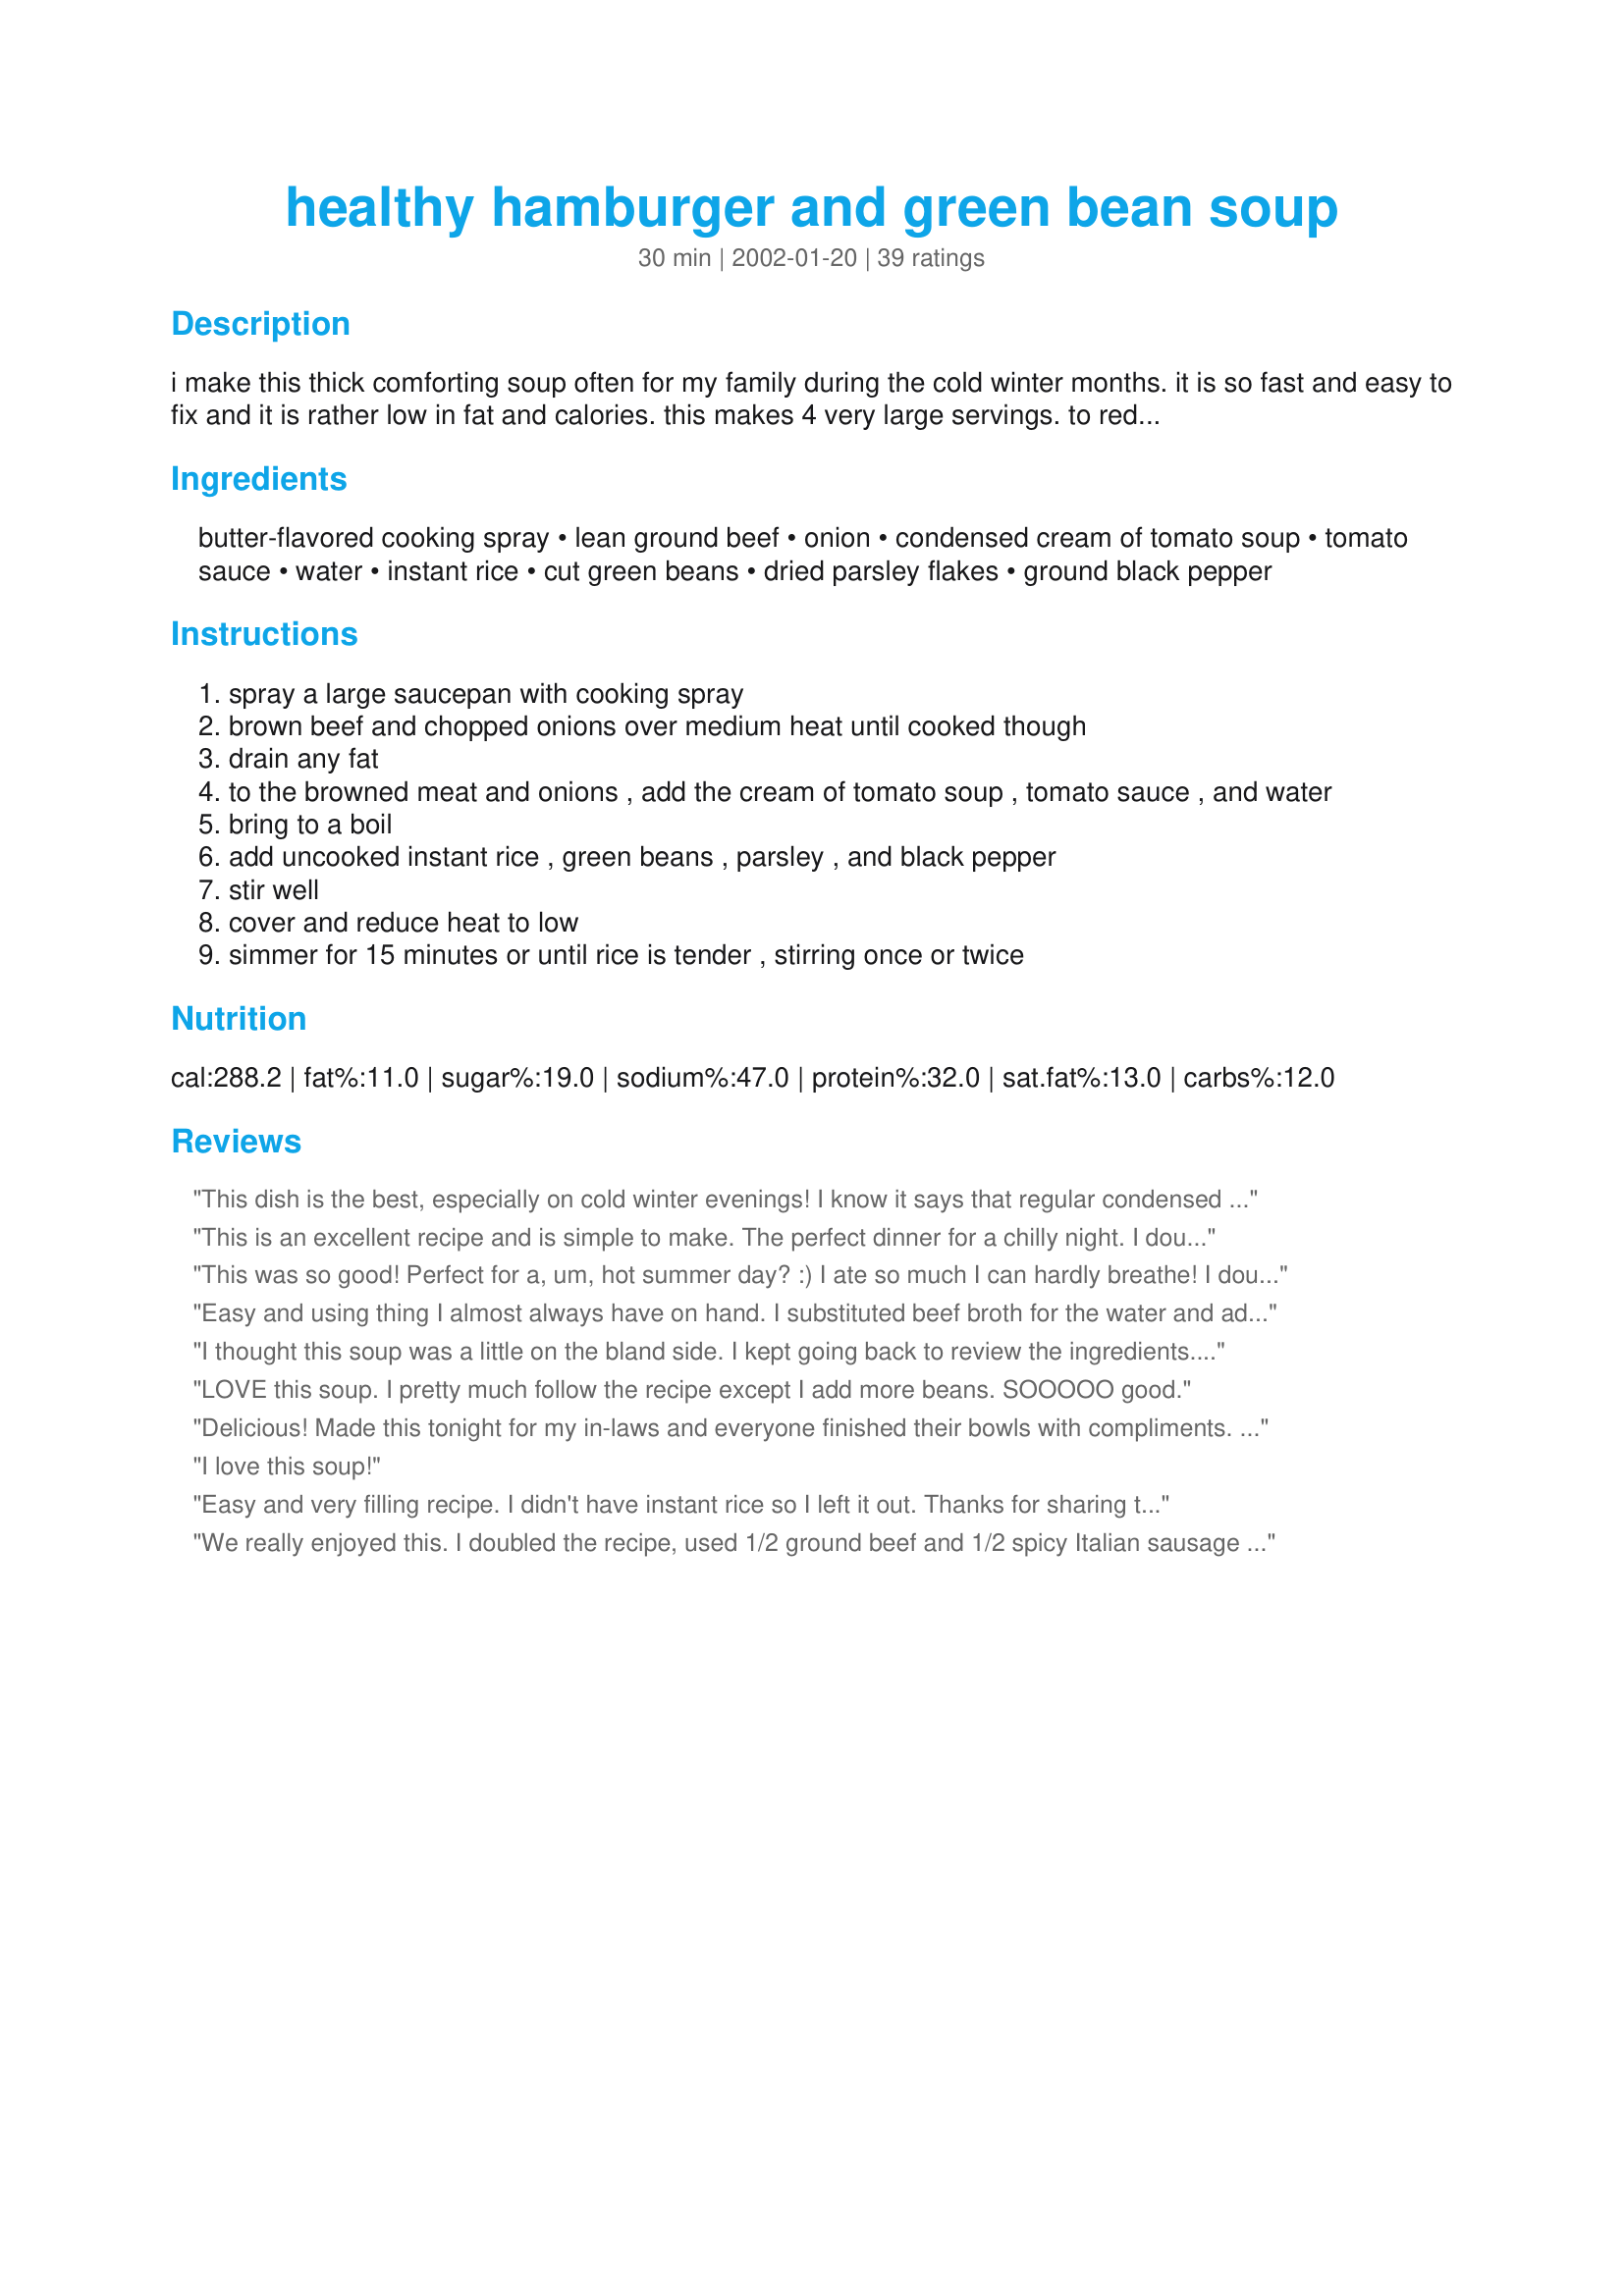
healthy hamburger and green bean soup
Preparation time: 30 minutes

i make this thick comforting soup often for my family during the cold winter months. it is so fast and easy to fix and it is rather low in fat and calories. this makes 4 very large servings. to reduce sodium, you may use low sodium green beans if you prefer. i adapted this recipe from "fast, cheap and easy," by joanna lund. condensed cream of tomato soup and condensed regular tomato soup are interchangeable in this recipe; no alterations necessary.the important part is that it is indeed a condensed version of tomato soup, as opposed to ready to serve.

Ingredients:
butter-flavored cooking spray, lean ground beef, onion, condensed cream of tomato soup, tomato sauce, water, instant rice, cut green beans, dried parsley flakes, ground black pepper

Steps:
spray a large saucepan with cooking spray
brown beef and chopped onions over medium heat until cooked though
drain any fat
to the browned meat and onions , add the cream of tomato soup , tomato sauce , and water
bring to a boil
add uncooked instant rice , green beans , parsley , and black pepper
stir well
cover and reduce heat to low
simmer for 15 minutes or until rice is tender , stirring once or twice

Reviews:
This dish is the best, especially on cold winter evenings! I know it says that regular condensed soup can be used instead of the condensed cream soup, however, I actually liked the cream of tomato back when I could actually find it. So, I usually add just a little heavy cream when I add the soup and I think it really makes this dish wonderful. I have doubled this recipe for my family, and even tripled it when guests were coming over and everyone loves it. The only problem is that I never seem to have any leftovers ;-( I have actually made this about a dozen times, can't believe I forgot to rate it!
This is an excellent recipe and is simple to make. The perfect dinner for a chilly night. I doubled the recipe but, instead of 2 cans of green beans, I used one can and added a mixture of veggies I had in my freezer. I served it with crusty sour dough rolls and loved it. I've made it several times since, including a quadruple batch when I had a large number of guests staying w/ me over New Years. Thanks for posting the perfect veggie beef soup recipe! I love it!
This was so good! Perfect for a, um, hot summer day? :) I ate so much I can hardly breathe! I doubled the recipe, used regular condensed tomato soup, and used Minute Brown rice. There was no need for the cooking spray when browning the ground beef with the onion, so I didn't use it. This recipe was so easy and fast to prepare, yet so good, that I am truly amazed! I will be making this again! Thanks!
Easy and using thing I almost always have on hand. I substituted beef broth for the water and added about a clove of garlic. Thanks for posting!
I thought this soup was a little on the bland side. I kept going back to review the ingredients. I substituted l cup of beef broth for the water -- just using 1/2 cup of water. I also added a few sprinkles of garlic powder and extra pepper. When I served it I topped it with a little bit of Parmesan cheese. The other reviews are all so great -- I'm still thinking I have made some sort of mistake.
LOVE this soup. I pretty much follow the recipe except I add more beans. SOOOOO good.
Delicious! Made this tonight for my in-laws and everyone finished their bowls with compliments. I used a whole package of lean hamburger and 1 onion - I didn't measure out the onion. Also, I substituted fresh green beans for canned and fresh parsley for dried. VERY easy, VERY good. I love that I usually have these ingredients on hand in the pantry. I will make this soup again. Great recipe!
I love this soup!
Easy and very filling recipe. I didn't have instant rice so I left it out. Thanks for sharing this recipe! I plan to make this one on a regular basis.
We really enjoyed this. I doubled the recipe, used 1/2 ground beef and 1/2 spicy Italian sausage and frozen green beans. My rice got thirsty and I needed to add some more water. It was good! Definitely filling, I will probably make it again.
I have made this soup many times now since coming across it here at Recipezaar. I make a big batch and freeze it in containers to microwave for lunch at work. It has become one of my favorite lunches! It's satisfying and delicious! Thank you for a great recipe!
I've made this twice and have forgotten to review it! It is wonderful and so cheap and easy! I never seem to be able to find cream of tomato soup so I've substituted 1 cup of the water for milk and results were perfect.
I made this months ago and forgot to rate, sorry. I like this recipe cause I had all the ingredients on hand. I added a pinch of cayanne to add some kick. I also omitted the rice and instead used a handful of macoroni noodles. The end result was delicous. Thanks for sharing
Considering how simple this was to prepare, this was pretty good. I, too, used a can of low sodium tomato soup and 1 cup of milk. I may try using cream of tomato soup next time and 1.5 c beef broth to see if that improves the flavor. Oh, and I left out the rice and served this with cornbread. May, or may not, make this again.
Excellent lunch soup!! Very hearty but healthy too. I didn't have any hamberger on hand so I used ground chicken instead, worked out fine, great taste, added just a tiny bit of hot sauce which gave it a nice zing.I will be making this one again, maybe next time with the hamberger, thanks for sharing.
We really liked this soup. The only thing we did differently was to add in a can of corn, which I thought was a nice add. 

Great for the kids! Thanks!
Really good comfort food. I used orzo instead of the rice, next time will try the rice. Thank-you!
This was really bland. I used regular tomato soup so that might have been the problem.Otherwise, i followed the directions. I had to add alot of other spices just to get it to an o.k rating. It was very easy to make though!
Very good and perfect for a cold winter day in North Dakota!
My kids love this soup. To cut down on cost I used regular condensed tomato soup and condensed milk. I did find that it scorches very easy. So I cooked the rice and frozen green beans with the water and then added the soup and milk at the end.
On a dreary cloudy cool summer day this was the recipe to cheer and warm me up!! Very easy to do and a great picker uper. The rice does absorb a lot of liquid with the leftovers but this is easily handled by adding extra liquid before reheating leftovers. Thanks HeatherFeather
This is a very tasty soup. I made it exactly as stated and really enjoyed the flavors. The best part, however, was how easy it was to make! Thanks for posting.
This is a thick, very good, very satisfying soup. I made the recipe just as posted, except for adding lots of cracked pepper. This was to be a first course for St. Patricks day dinner, but decided to have it on Sat with a big loaf of french bread. Glad we did. It may be too much of a soup to start a meal. This soup IS a meal. Delicious!! Thanks Heather Feather!
Very good, my family liked it. I added an evenlope of onion soup mix and a lot of salt and pepper. Hearty soup, great meal, comfort food!
We bought a LOT of ground beef as it was on sale! I was looking for something different to do, & this soup was perfect. It was thick & hearty, & as Inez says... it IS a meal! Thanks so much for sharing!
This was just OK for me - way too tomato-ey. It was definitely filling, but it basically tasted like tomato rice soup with green beans in it - you couldn't really even taste the hamburger meat. I think this would be better with noodles instead of rice because the dish is very Italian-y tasting and the rice kind of throws it off.
I had a feeling this recipe would be a keeper, and I was right. I went ahead and made a double batch of it the first time so that I could freeze individual portions. I did make a couple of substitutions. First of all, I didn't have any cream of tomato soup in the pantry, so I used regular condensed tomato soup and substituted evaporated skim milk for some of the water and tomato sauce (to keep the proportions intact). I used instant brown rice. Instead of canned beans, I used a 16-ounce package of frozen cut green beans (remember, this was for a double recipe). Even with these changes, the soup turned out beautifully -- thick, rich and flavorful. I definitely will be making this again and again. Thanks for sharing!
Made this the other day for my niece and nephew who are 6 and 3. I had my doubts about whether they would eat it. They took one look at it and said no thanks, but after trying it they both gobbled it up and said it was good. It wasnt soupy at all but that may have been my fault, but it was still good! I used pasta instead of rice (preference), and tomato soup with some milk instead of cream of tomato. Also used French cut green beans and think I will from now on... Added a little garlic powder and worcestershire sauce and it made a great meal! Thanks! UPDATE: I have made this a few times now and Ive found that its easier to cook the noodles (or rice) separate and just add in as much as you need to the individual servings. That way if there's any leftover it will still taste fresh the next day! P.S.--The kids still love it!! :)
This was ok. It needed more flavor. I added some garlic and some steak seasoning. I used frozen beans. It was a fast prep.
So simple and delicious. I used ground turkey instead of beef and doubled the meat and rice. This is a keeper.
This was so super good and so easy too! i don't like instant rice and am too impatient to wait for real rice. So, i used noodles instead. 'Cause who doesn't like alphabet noodles?!? Oh, and i also used my garlic-pepper grinder for the addition of garlic. Yum!!
We really enjoyed this soup. We made it vegetarian with comparable substitutions, but otherwise followed the recipe. Everyone was happy with familiar ingredients. It was very good!
I can't believe I haven't rated this yet. This has become a regular in our house. It's easy, inexpensive and very good. I've always used regular tomato soup instead of the cream variety but turns out just fine. I also add a little garlic and a bit of worcestershire sauce. We're having our soup tonight with cornbread muffins. Yummy.
Hamburger in soup--inspired idea. I substituted rotini for rice & frozen for canned beans; it was great!
Thanks for this great recipe, it was very good! I Used brown rice and regular tomato soup. also i used french cut green beans. This was an awsome soup for me on my weight watchers diet for supper too.
My 9 year old daughter made this soup for dinner. We used 1 lb. of ground beef and a can of cream of mushroom soup for the tomato, because that is all we had. My husband said it was the best soup he had eating in a long time. Very simple to make and yet really tasty. Thank you for positing!
This was REALLY good. I used ground turkey instead of ground beef and. I did notice that it wasnt as good the next day...rice soaked up mst fo the juices. Was a family hit!
This was good and easy to make but I thought it needed more seasonings. I doubled the recipe but followed it exactly other then I didn't spray my pan with cooking spray before adding the meat. We ate it for dinner and I also took it for lunch the next day. The next day it was more like a thick stew that I ate with a fork.
This was so easy and delicious! I used ground turkey to lower the fat and doubled the recipe. Since I didn't use beef, I added a beef boullion cube. Didn't have tomato sauce so I added a can of petite diced tomatoes and a little bit of ketchup and it was really good! Thanks for a great keeper!
